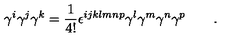
\gamma ^ { i } \gamma ^ { j } \gamma ^ { k } = \frac { 1 } { 4 ! } \epsilon ^ { i j k l m n p } \gamma ^ { l } \gamma ^ { m } \gamma ^ { n } \gamma ^ { p } \qquad .